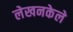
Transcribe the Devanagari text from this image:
लेखनकेले